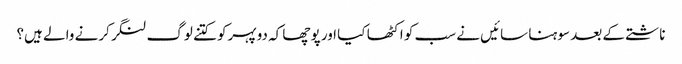
ناشتے کے بعد سوہنا سائیں نے سب کو اکٹھا کیا اور پوچھا کہ دوپہرکو کتنے لوگ لنگر کرنے والے ہیں؟